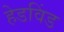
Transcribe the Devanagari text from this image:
हेडविंड